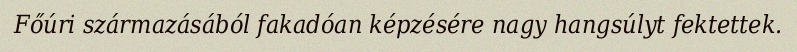
Főúri származásából fakadóan képzésére nagy hangsúlyt fektettek.